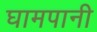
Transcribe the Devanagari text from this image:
घामपानी